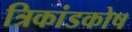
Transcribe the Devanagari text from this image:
त्रिकांडकोष